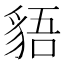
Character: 𧳎